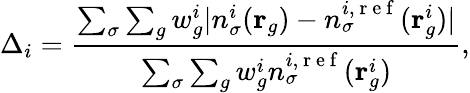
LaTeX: \Delta_{i}=\frac{\sum_{\sigma}\sum_{g}w_{g}^{i}|n_{\sigma}^{i}(\mathbf{r}_{g})-n_{\sigma}^{i,\mathrm{~r~e~f~}}(\mathbf{r}_{g}^{i})|}{\sum_{\sigma}\sum_{g}w_{g}^{i}n_{\sigma}^{i,\mathrm{~r~e~f~}}(\mathbf{r}_{g}^{i})},